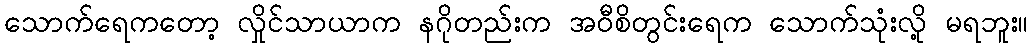
သောက်ရေကတော့ လှိုင်သာယာက နဂိုတည်းက အဝီစိတွင်းရေက သောက်သုံးလို့ မရဘူး။